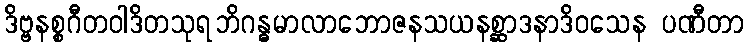
ဒိဗ္ဗနစ္စဂီတဝါဒိတသုရဘိဂန္ဓမာလာဘောဇနသယနစ္ဆာဒနာဒိဝသေန ပဏီတာ